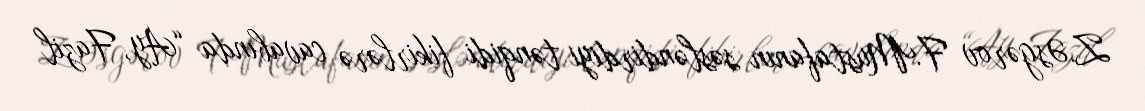
Z.Əsgərov F.Mustafanın səsləndirdiyi tənqidi fikirlərə cavabında “Ay, Fazil